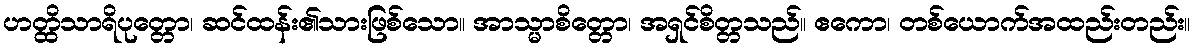
ဟတ္ထိသာရိပုတ္တော၊ ဆင်ထန်း၏သားဖြစ်သော။ အာသ္မာစိတ္တော၊ အရှင်စိတ္တသည်။ ဧကော၊ တစ်ယောက်အထည်းတည်း။